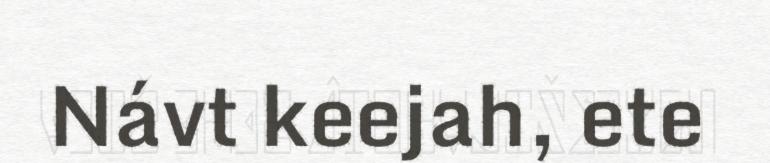
Návt keejah, ete